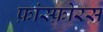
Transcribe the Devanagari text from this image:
फ़ांस्फ़ोरस